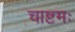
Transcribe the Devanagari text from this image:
चाष्टमः